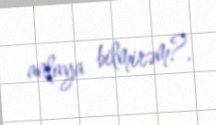
anlaya bilmirəm?.